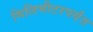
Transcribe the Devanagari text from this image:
मिलिमीटरपर्यंत